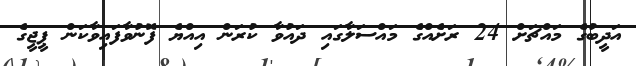
އަދީބުގެ މައްޗަށް 24 ރަށެއްގެ މައްސަލާގައި ދައުވާ ކުރަން އިއްޔެ ފޮނުވާފައިވާކަން ޕީޖީގެ